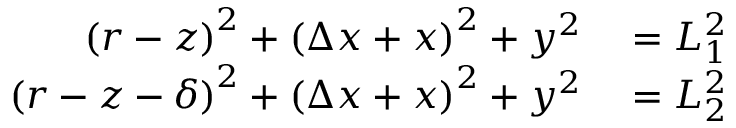
\begin{array} { r l } { \left( r - z \right) ^ { 2 } + \left( \Delta x + x \right) ^ { 2 } + y ^ { 2 } } & { { } = L _ { 1 } ^ { 2 } } \\ { \left( r - z - \delta \right) ^ { 2 } + \left( \Delta x + x \right) ^ { 2 } + y ^ { 2 } } & { { } = L _ { 2 } ^ { 2 } } \end{array}